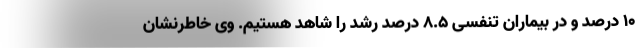
۱۰ درصد و در بیماران تنفسی ۸.۵ درصد رشد را شاهد هستیم. وی خاطرنشان